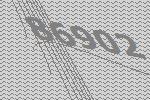
86902